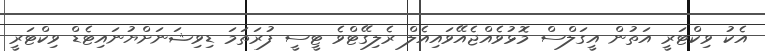
އެކު ވިކްޓަރީ އަތުން އީގަލްސް މޮޅުވެއްޖެއޭވައިއެލް ރެލިގޭޓްވެ ޓީސީ ފުރަތަމަ ޑިވިޝަނަށްޔުނައިޓެޑް ވިކްޓަރީ